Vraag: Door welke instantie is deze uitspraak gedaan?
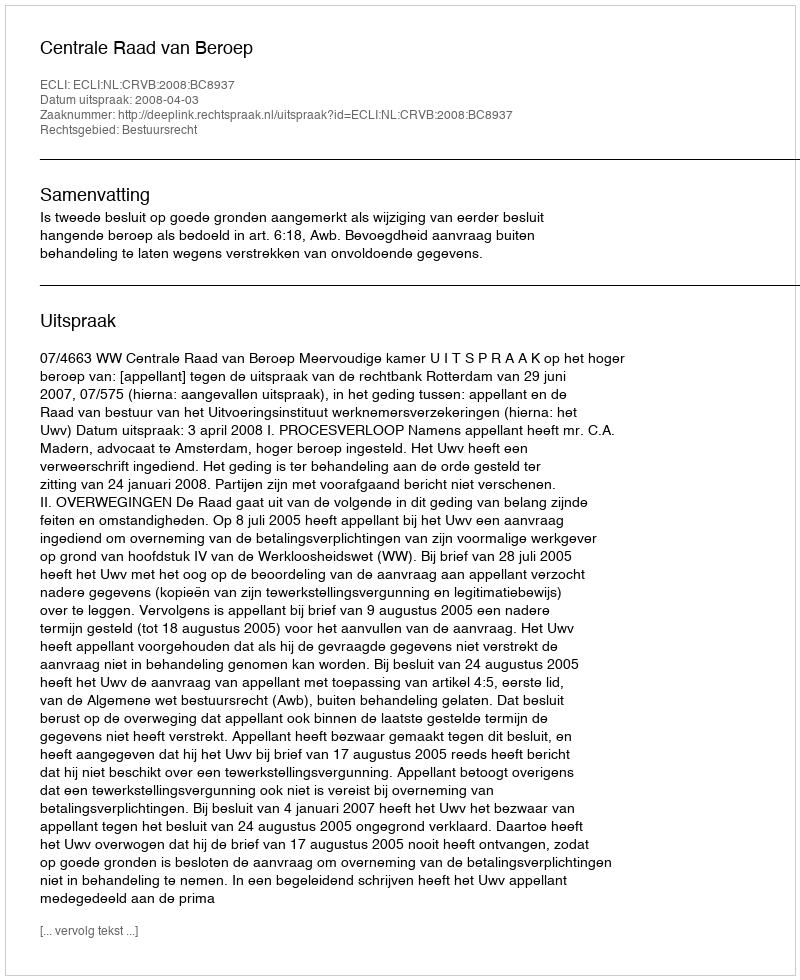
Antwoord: Centrale Raad van Beroep